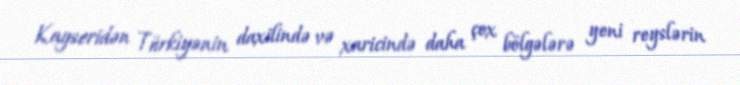
Kayseridən Türkiyənin daxilində və xaricində daha çox bölgələrə yeni reyslərin